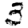
Digit: 3